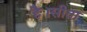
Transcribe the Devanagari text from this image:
है।सीता